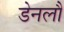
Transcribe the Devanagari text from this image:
डेनलौ